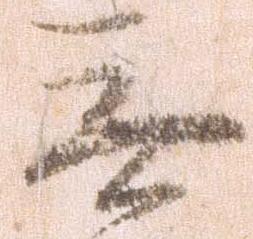
無